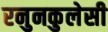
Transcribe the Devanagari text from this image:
रनुनकुलेसी